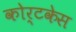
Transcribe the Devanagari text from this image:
कोर्टकेस